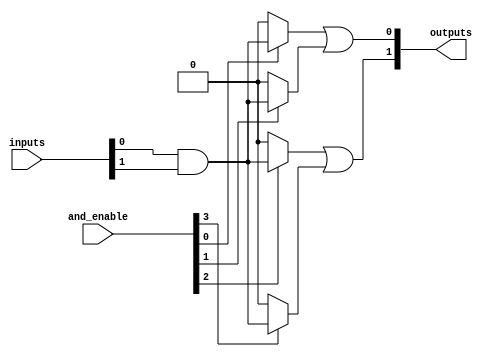
module hs_pal #(
    parameter NUM_INPUTS = 8,  // Number of inputs
    parameter NUM_AND_GATES = 4, // Number of AND gates
    parameter NUM_OR_GATES = 2   // Number of OR gates
)(
    input wire [NUM_INPUTS-1:0] inputs, // Input signals
    input wire [NUM_AND_GATES-1:0] and_enable, // Control signals for AND gates
    output wire [NUM_OR_GATES-1:0] outputs // Output signals
);

// Internal wires for AND gate outputs
wire [NUM_AND_GATES-1:0] and_outputs;

// Programmable AND array
genvar i;
generate
    for (i = 0; i < NUM_AND_GATES; i = i + 1) begin : and_gate
        // Each AND gate can be programmed to accept any combination of inputs
        assign and_outputs[i] = and_enable[i] ? (inputs[0] & inputs[1]) : 1'b0; // Example logic
    end
endgenerate

// Fixed OR array
assign outputs[0] = and_outputs[0] | and_outputs[1]; // OR gate 1
assign outputs[1] = and_outputs[2] | and_outputs[3]; // OR gate 2

endmodule